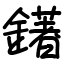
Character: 鐯